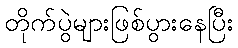
တိုက်ပွဲများဖြစ်ပွားနေပြီး